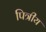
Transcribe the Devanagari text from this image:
पित्रीय